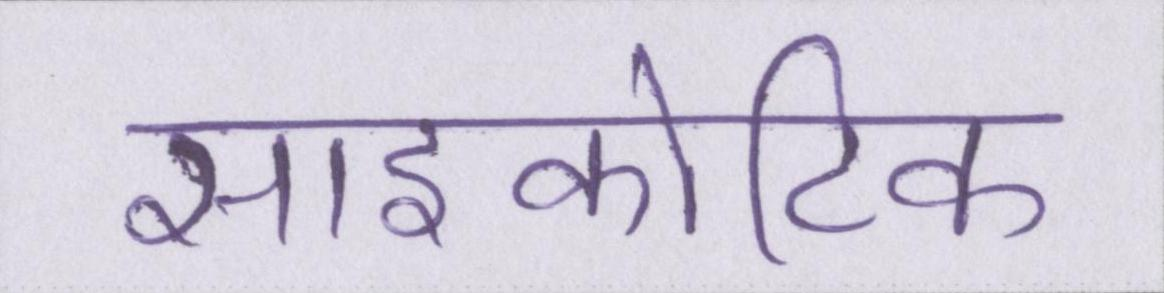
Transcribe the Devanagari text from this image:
साइकोटिक